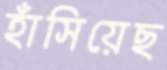
হাঁসিয়েছ